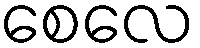
စေလေ